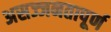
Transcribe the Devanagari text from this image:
असज्जनतापूर्ण